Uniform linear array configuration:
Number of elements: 12
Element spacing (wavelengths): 0.25
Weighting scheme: hamming
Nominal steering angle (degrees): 45
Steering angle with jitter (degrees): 44.311
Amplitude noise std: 0.05
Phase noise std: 0.05

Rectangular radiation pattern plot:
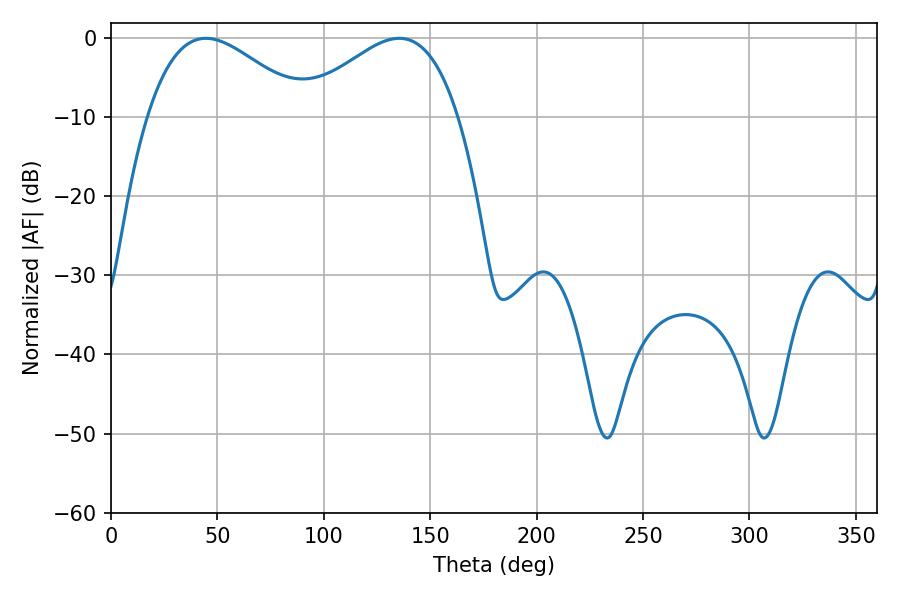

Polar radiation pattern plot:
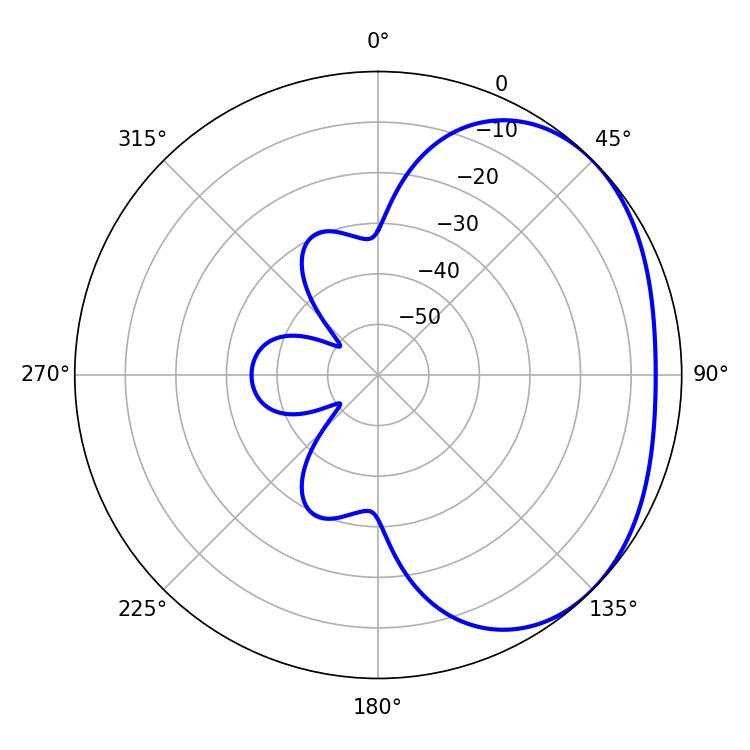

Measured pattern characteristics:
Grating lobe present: FALSE
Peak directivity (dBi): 2.465
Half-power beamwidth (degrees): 40.32
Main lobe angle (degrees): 44.64